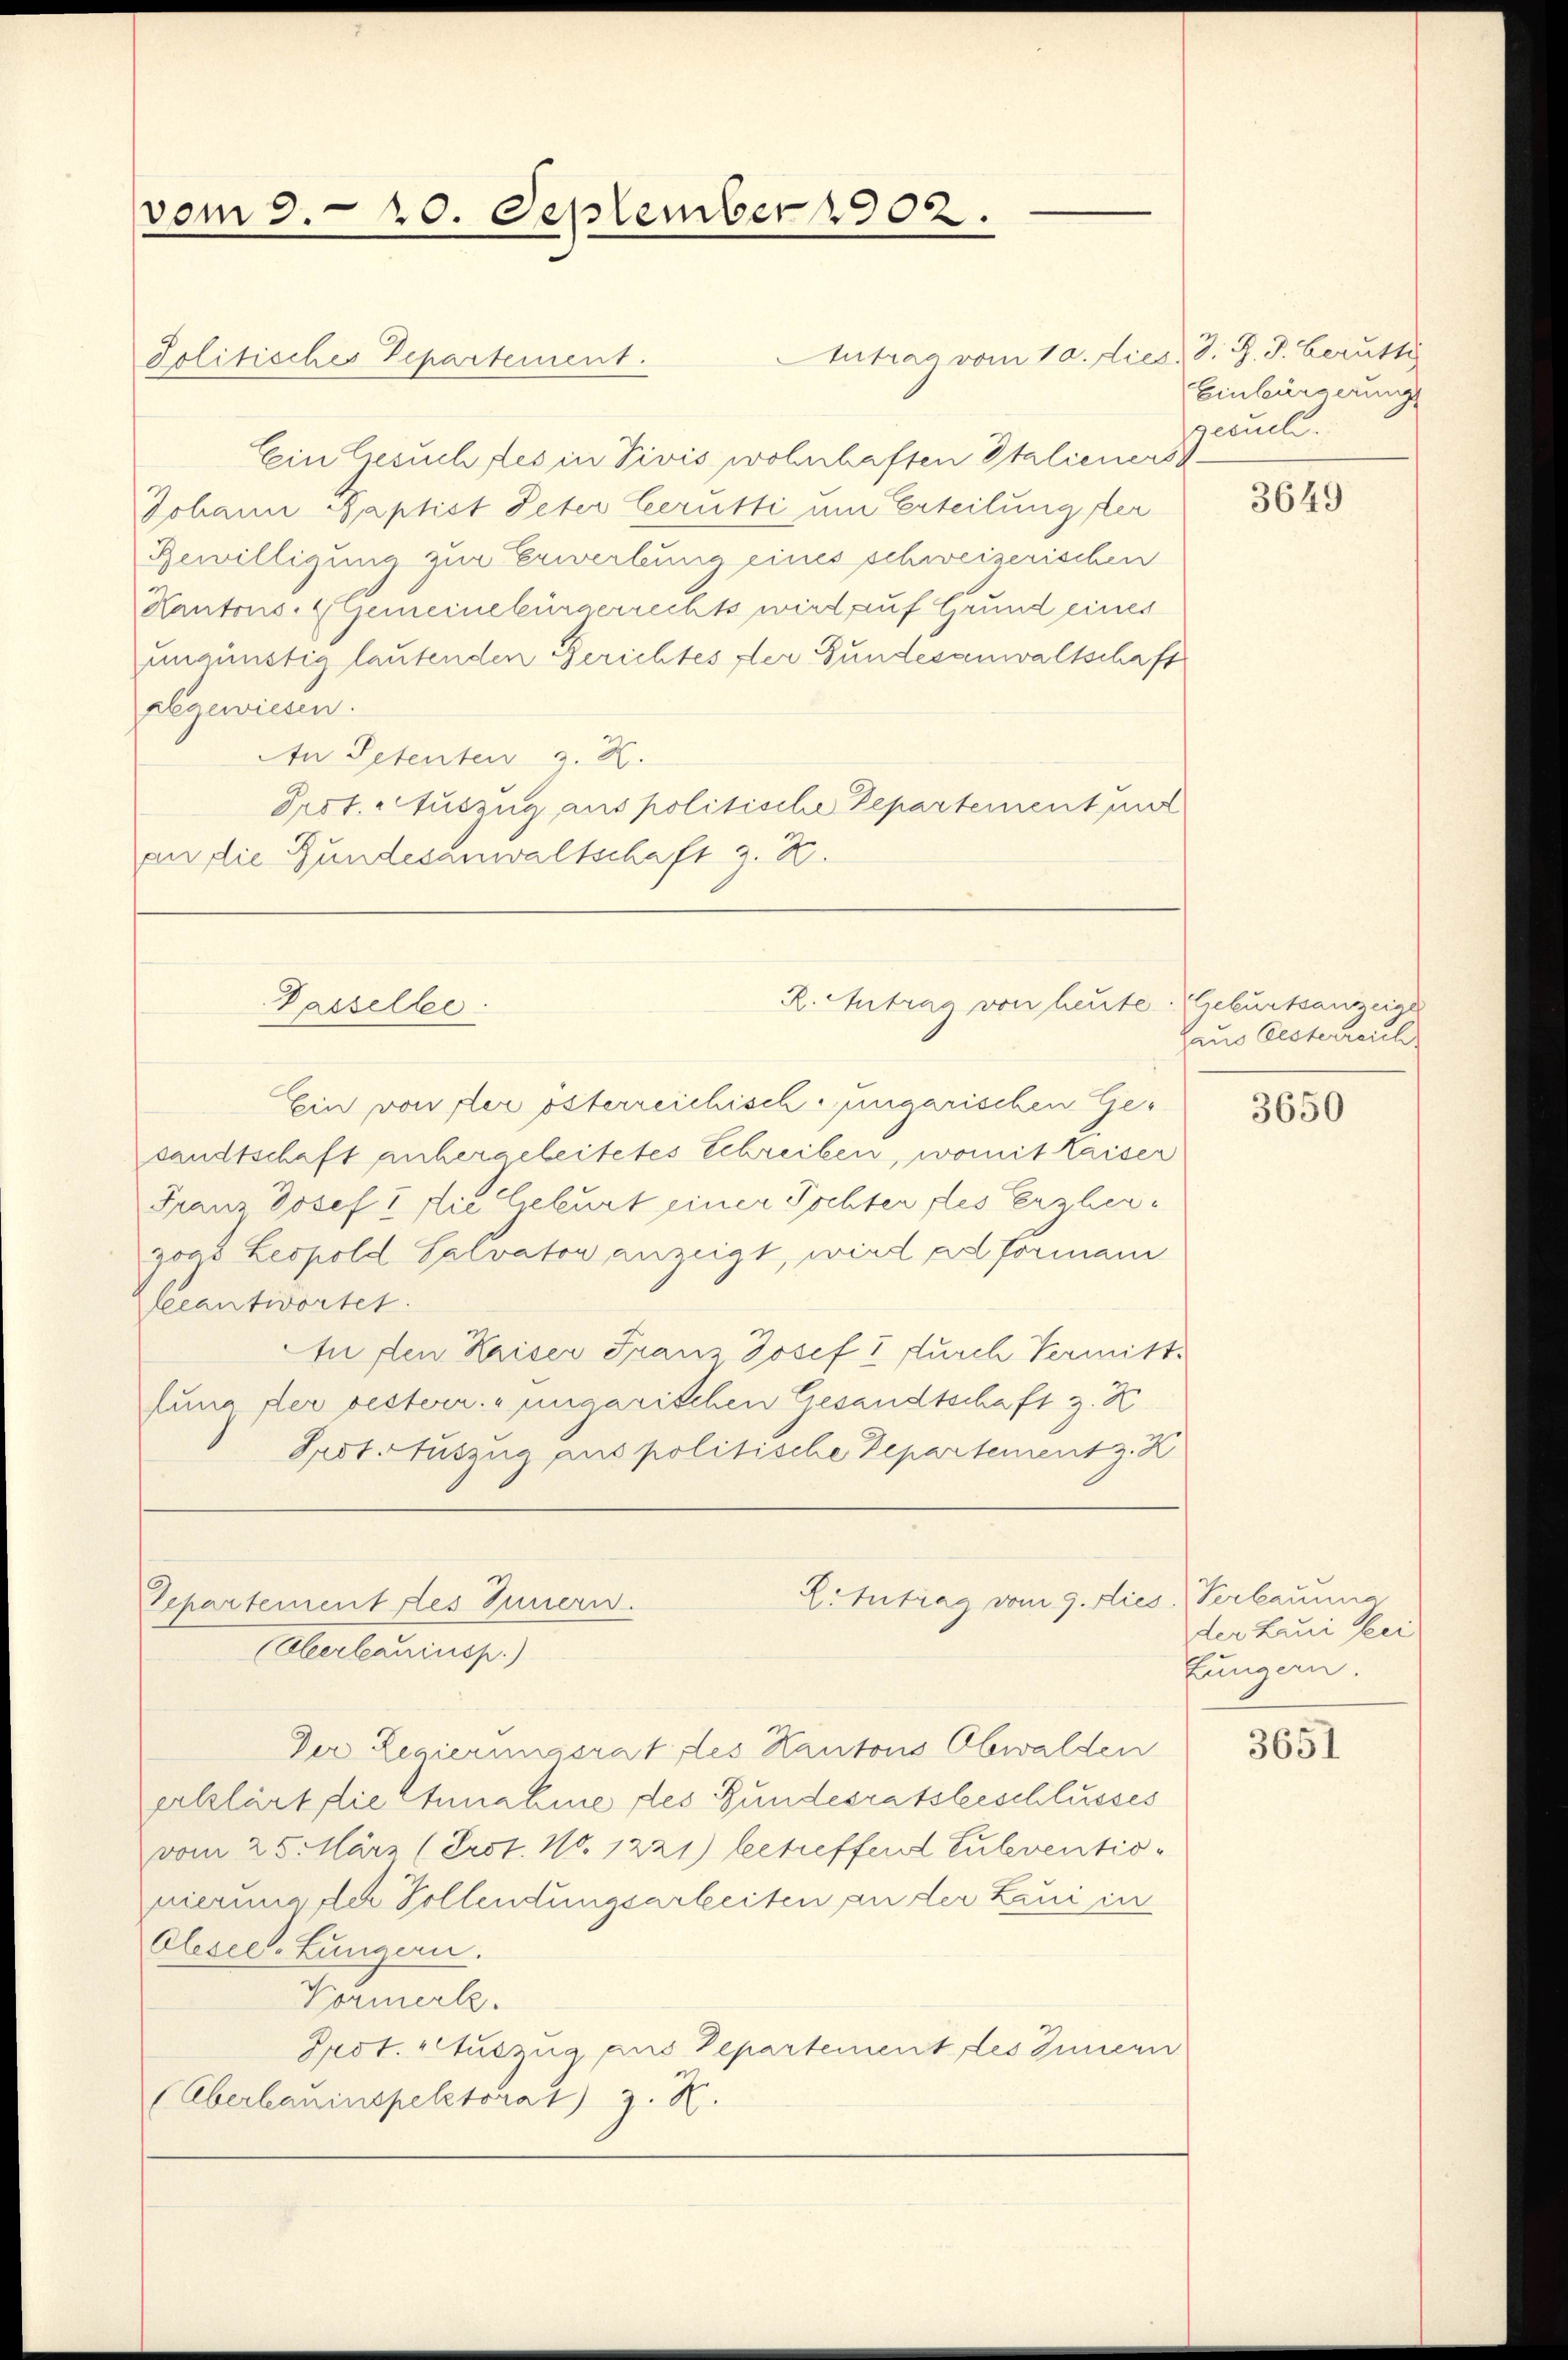
vom 3. 20. September 1902.

Antrag vom 10. dies d. J. J. berutti
Politisches Departement.
Ein Gesuchtes in Divis wohnhaften Italieners
Johann Baptist Peter Verutti um Erteilung der
Bewilligung zur Erwerbung eines schweizerischen
Kantons- & Gemeinebürgerrechts wird auf Grund eines
ungünstig lautenden Gerichtes der Gundesanwaltschaft
zgewiesen.
An Petenten z. K.
Prot. Auszug aus politische Departement und
an die Bundesanwaltschaft z. B.
Ein von flei österreichisch-ungarischen Ge-
sandtschaft anhergeleitetes Schreiben, womit Kaiser
Franz Josef I die Geburt einer Tochter des Erzherzoas Leopold Salvator anzeigt, wird all formani
beantwortet.
In den Kaiser Franz Josef & durch Vermitt¬
Juna der resterr. ungarischen Gesandtschaft z. K
Prot. Auszug aus politische Departement z. K
Littrag vom 9. dies Verbauung
Separtement des Innern.
Oberbauinsp.)
Der Regierungsrat des Kantons Obwalden
arklärt die Etnahme des Bundesratsbeschlusses
vom 25. März (Erst. No. 1221) betreffend Eubventionierung der Vollendungsarbeiten an der Laui in
Olesee-Lungen.
Kormerk.
Pest. Auszug aus Departement des Innern
(Oberbauinspektorat) z. K.

Passeller.

R. Antrag von heute. Geburtsanzend

Einbürgerungs
gesuch.

3649

aus Oesterreich

3650

der Erui kei
Jungern.

3651